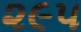
૨૯૫